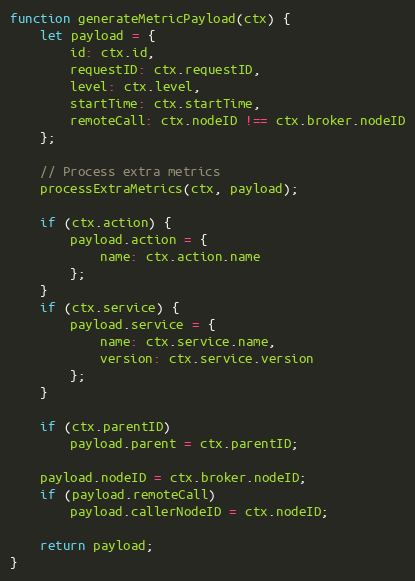
Language: JavaScript
function generateMetricPayload(ctx) {
	let payload = {
		id: ctx.id,
		requestID: ctx.requestID,
		level: ctx.level,
		startTime: ctx.startTime,
		remoteCall: ctx.nodeID !== ctx.broker.nodeID
	};

	// Process extra metrics
	processExtraMetrics(ctx, payload);

	if (ctx.action) {
		payload.action = {
			name: ctx.action.name
		};
	}
	if (ctx.service) {
		payload.service = {
			name: ctx.service.name,
			version: ctx.service.version
		};
	}

	if (ctx.parentID)
		payload.parent = ctx.parentID;

	payload.nodeID = ctx.broker.nodeID;
	if (payload.remoteCall)
		payload.callerNodeID = ctx.nodeID;

	return payload;
}